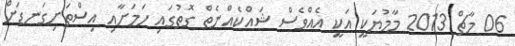
06 މާޗް 2013 މާމުޔަކީ އަކީ އެއްވެސް ޝައްކެއްނެތް ގޮތުގައި ހަމަށާއި އިސްތަށިގަނޑަށް